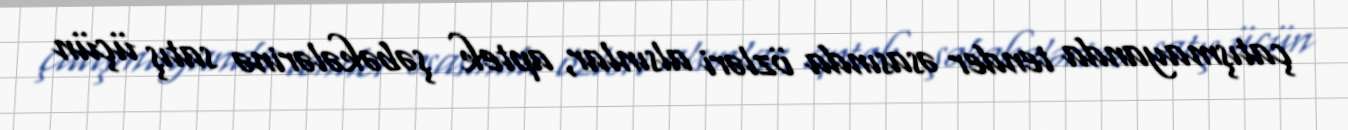
çatışmayanda tender əsasında özləri alsınlar, aptek şəbəkələrinə satış üçün